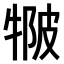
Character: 𤚆